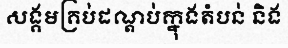
សង្គមគ្រប់ដណ្តប់ក្នុងតំបន់ និង